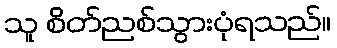
သူ စိတ်ညစ်သွားပုံရသည်။